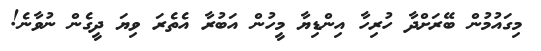
މިގައުމުން ބޭރަށްދާ ހުރިހާ އިންޑިޔާ މީހުން އަބުރާ އެތެރަ ވިޔަ ދީގެން ނުވާނެ!